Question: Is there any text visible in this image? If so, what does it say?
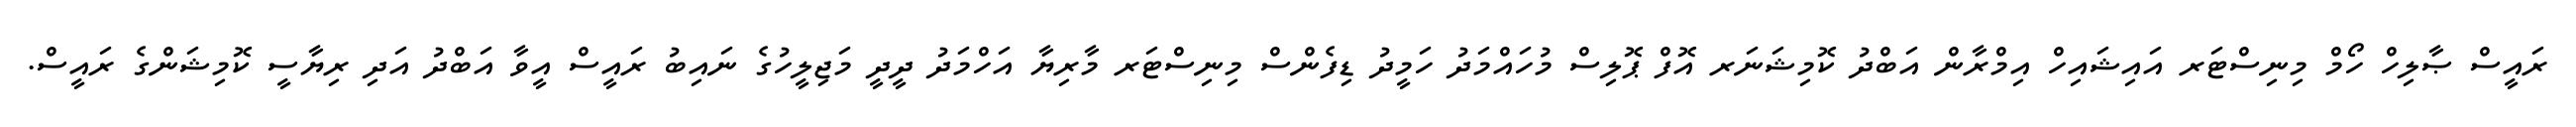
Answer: ރައީސް ޞާލިހް ހޯމް މިނިސްޓަރ އައިޝައިހް އިމްރާން އަބްދު ކޮމިޝަނަރ އޮފް ޕޮލިސް މުހައްމަދު ހަމީދު ޑިފެންސް މިނިސްޓަރ މާރިޔާ އަހްމަދު ދީދީ މަޖިލީހުގެ ނައިބު ރައީސް އީވާ އަބްދު އަދި ރިޔާސީ ކޮމިޝަންގެ ރައީސް.